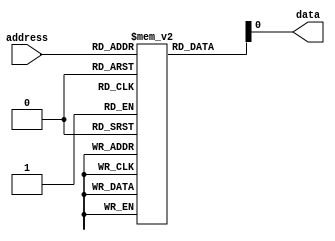
module PROM (
    input wire [7:0] address,
    output reg data
);

reg [7:0] memory [0:255]; // 256 memory blocks with 8 bits each

initial begin
    // Program the data stored in the memory blocks during design phase
    // Example: memory[0] <= 8'b00000000; // program data for memory location 0
    //          memory[1] <= 8'b11111111; // program data for memory location 1
    //          memory[2] <= 8'b01010101; // program data for memory location 2
end

always @(*) begin
    // Read the data stored in the memory block corresponding to the address
    data = memory[address];
end

endmodule